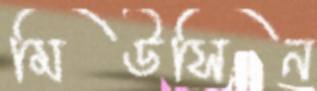
মিউসিন